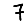
Digit: 7